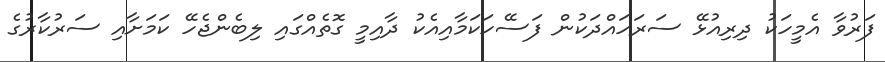
ފަރުވާ އެމީހަކު ދިރިއުޅޭ ސަރަހައްދަކުން ފަސޭހަކަމާއިއެކު ދާއިމީ ގޮތެއްގައި ލިބެންޖެހޭ ކަމަށާއި ސަރުކާރުގެ